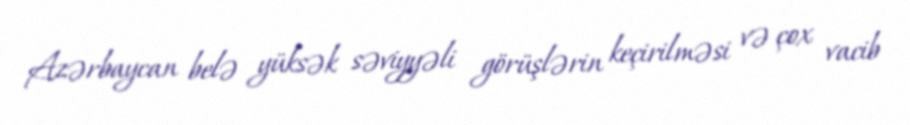
Azərbaycan belə yüksək səviyyəli görüşlərin keçirilməsi və çox vacib